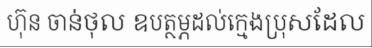
ហ៊ុន ចាន់ថុល ឧបត្ថម្ភដល់ក្មេងប្រុសដែល